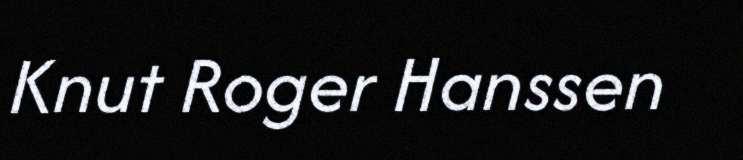
Knut Roger Hanssen